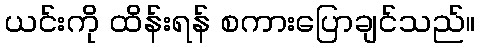
ယင်းကို ထိန်းရန် စကားပြောချင်သည်။